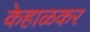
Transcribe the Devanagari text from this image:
केहाळकर